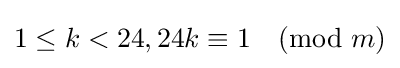
1\leq k<24,24k\equiv 1{\pmod {m}}